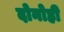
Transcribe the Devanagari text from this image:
दोनोही